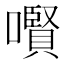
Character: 㘋